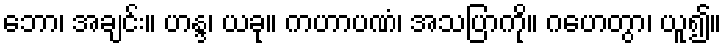
ဘော၊ အချင်း။ ဟန္ဒ၊ ယခု။ ကဟာပဏံ၊ အသပြာကို။ ဂဟေတွာ၊ ယူ၍။